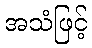
အသံဖြင့်